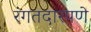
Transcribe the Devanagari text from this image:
रंगतदारपणे